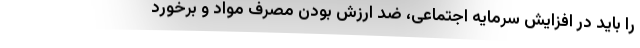
را باید در افزایش سرمایه اجتماعی، ضد ارزش بودن مصرف مواد و برخورد